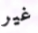
غير